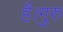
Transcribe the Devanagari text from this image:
है।गुरु